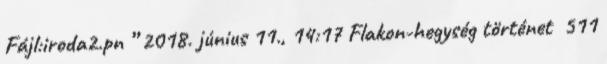
Fájl:iroda2.pn ” 2018. június 11., 14:17 ‎Flakon-hegység történet ‎ 511